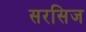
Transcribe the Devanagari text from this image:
सरसिज